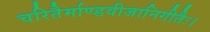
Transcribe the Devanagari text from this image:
चरितैर्माण्डवीजानिगीतैः।